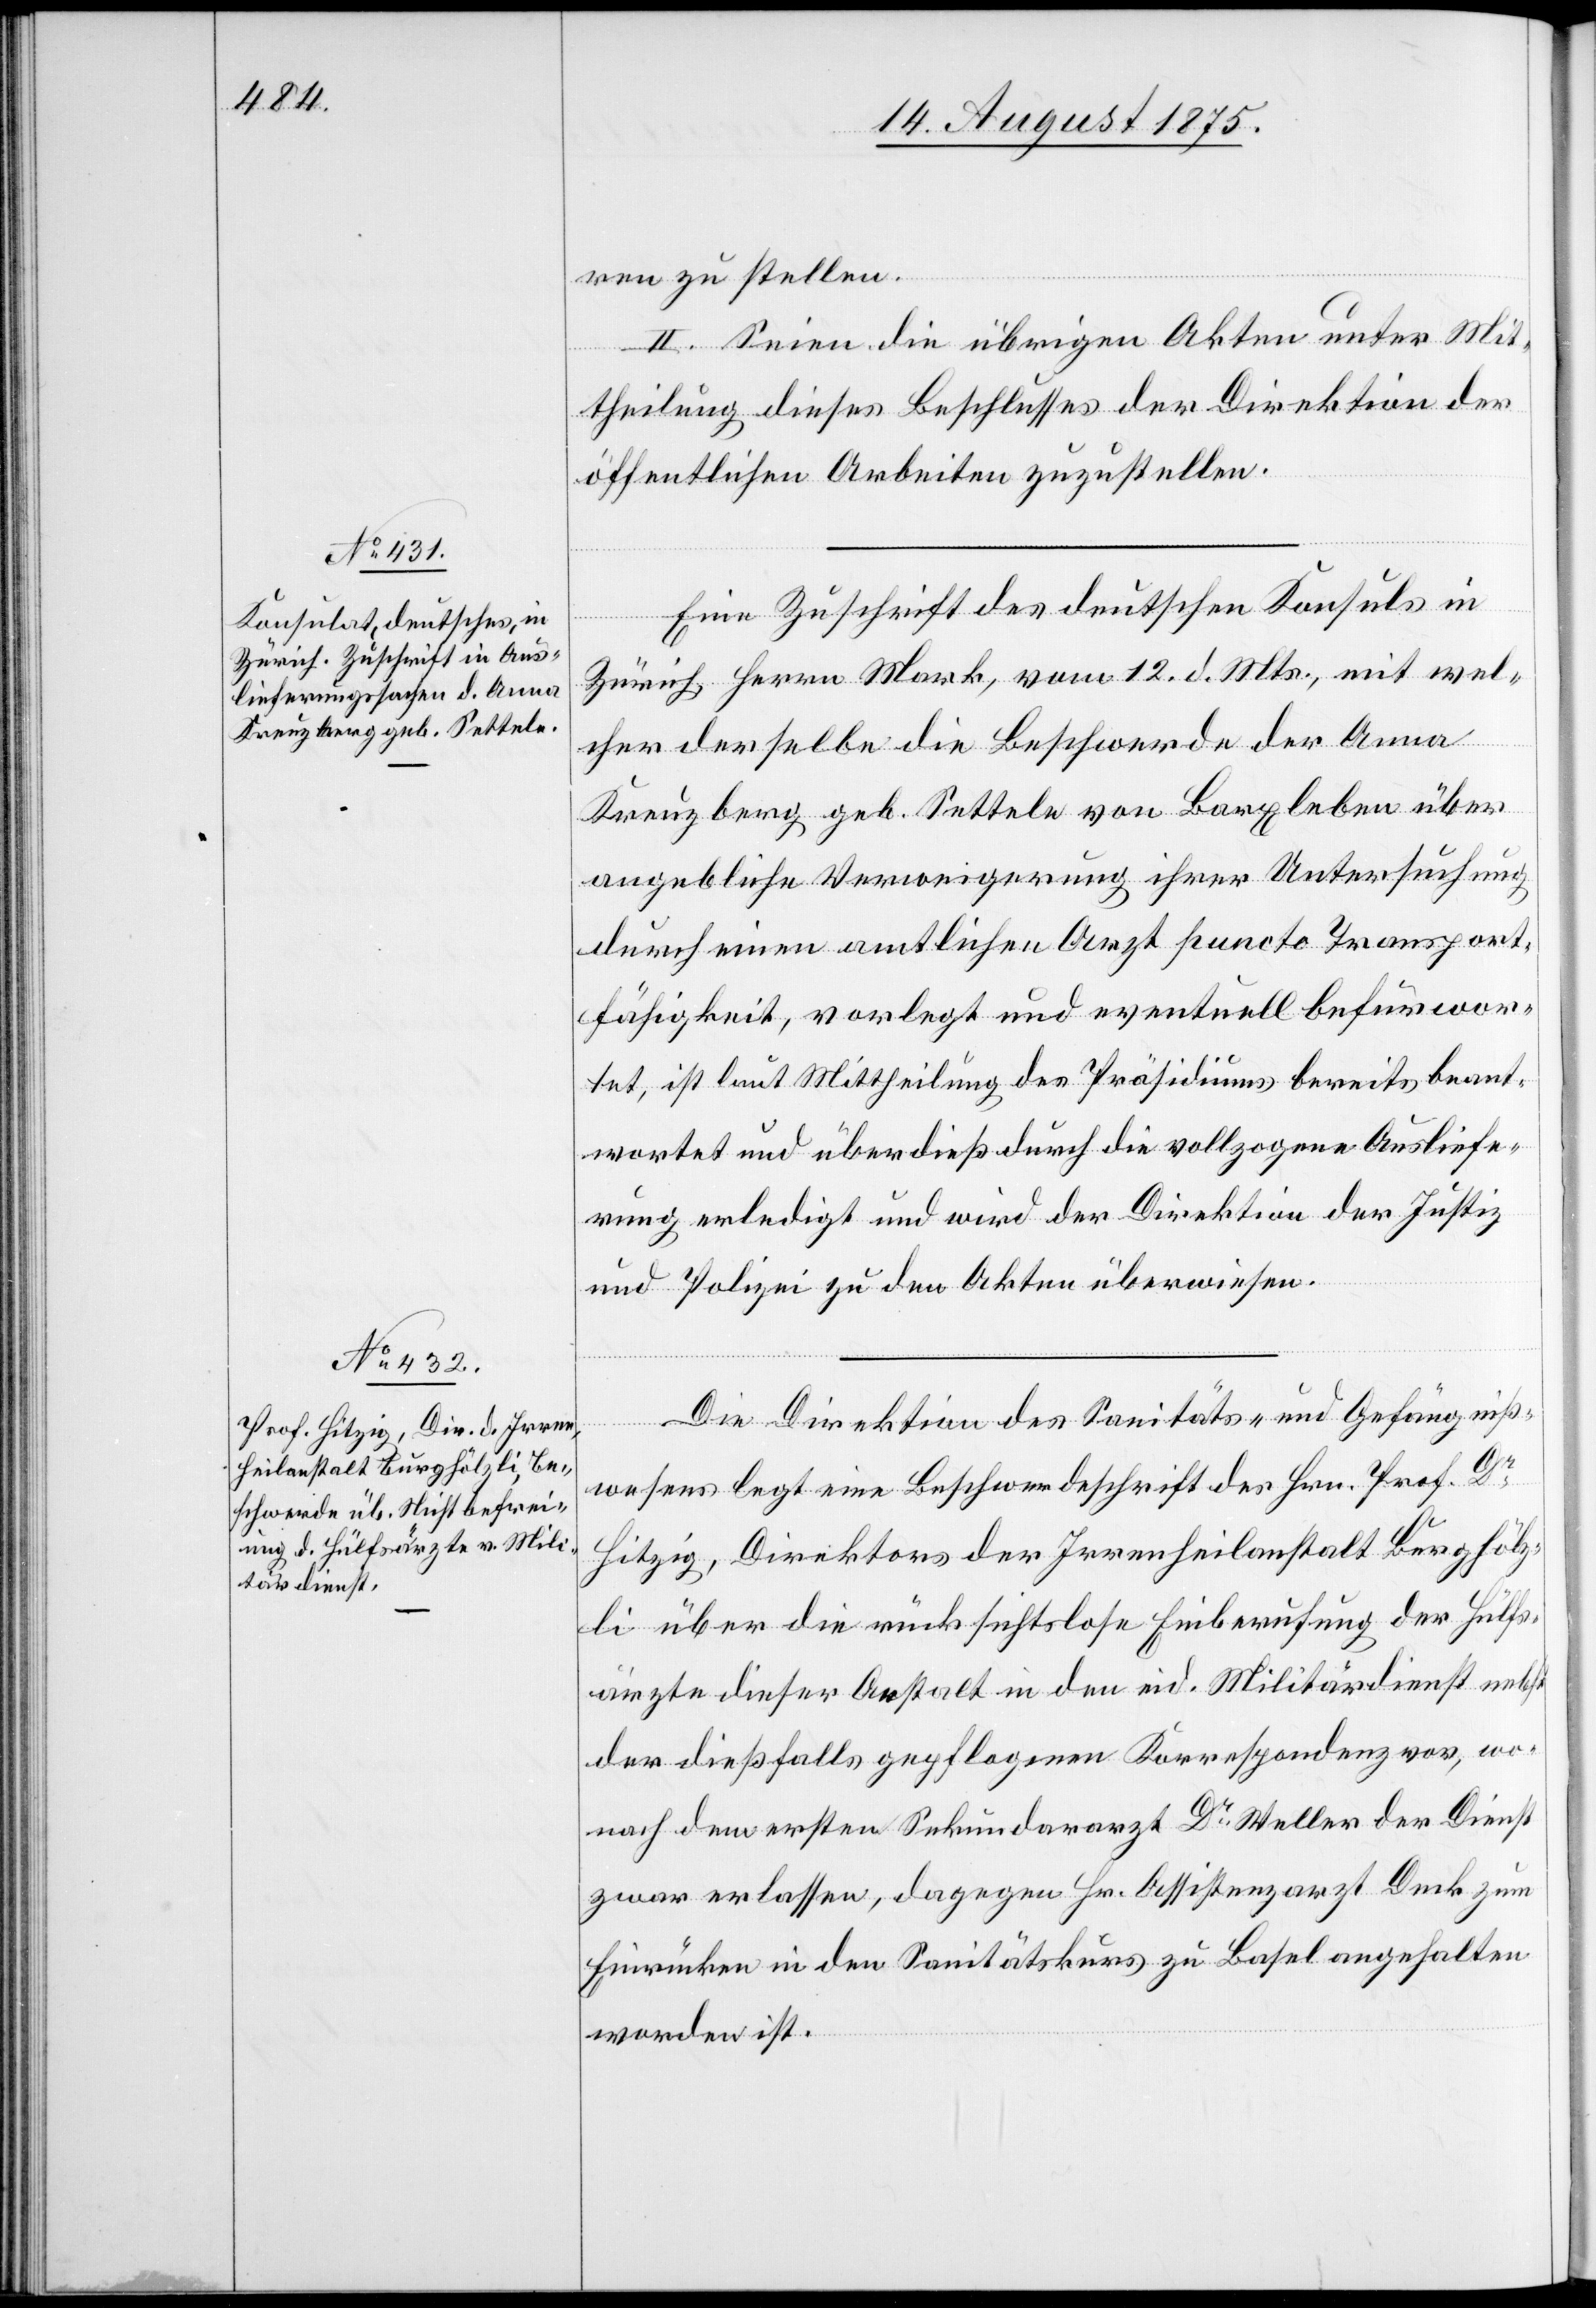
Kreuzberg geb. Settele

ren zu stellen.
II. Seien die übrigen Akten unter Mit¬
theilung dieses Beschlusses der Direktion der
öffentlichen Arbeiten zuzustellen.
Eine Zuschrift des deutschen Konsuls in
Zürich Herrn Mark, vom 12. d. Mts. mit wel¬
cher derselbe die Beschwerde der Anna
angebliche Verweigerung ihrer Untersuchung
durch einen amtlichen Arzt puncto Transport¬
fähigkeit, vorlegt und eventuell befürwor¬
tet, ist laut Mittheilung des Präsidiums bereits beant¬
wortet und überdieß durch die vollzogene Ausliefe¬
rung erledigt und wird der Direktion der Justiz
und Polizei zu den Akten überwiesen.
Die Direktion des Sanitäts- und Gefängniß¬
wesens legt eine Beschwerdefrist des Hrn. Prof. Dr
Hitzig, Direktors der Irrenheilanstalt Burghölz¬
li über die rücksichtslose Einberufung der Hülfs¬
ärzte dieser Anstalt in den eid. Militärdienst nebst
der dießfalls gepflogenen Korrespondenz vor, wo¬
nach dem ersten Sekundararzt Dr Steller der Dienst
zwar erlassen, dagegen Hr. Assistenzarzt Deck zum
Einrücken in den Sanitätskurs zu Basel angehalten
worden ist.